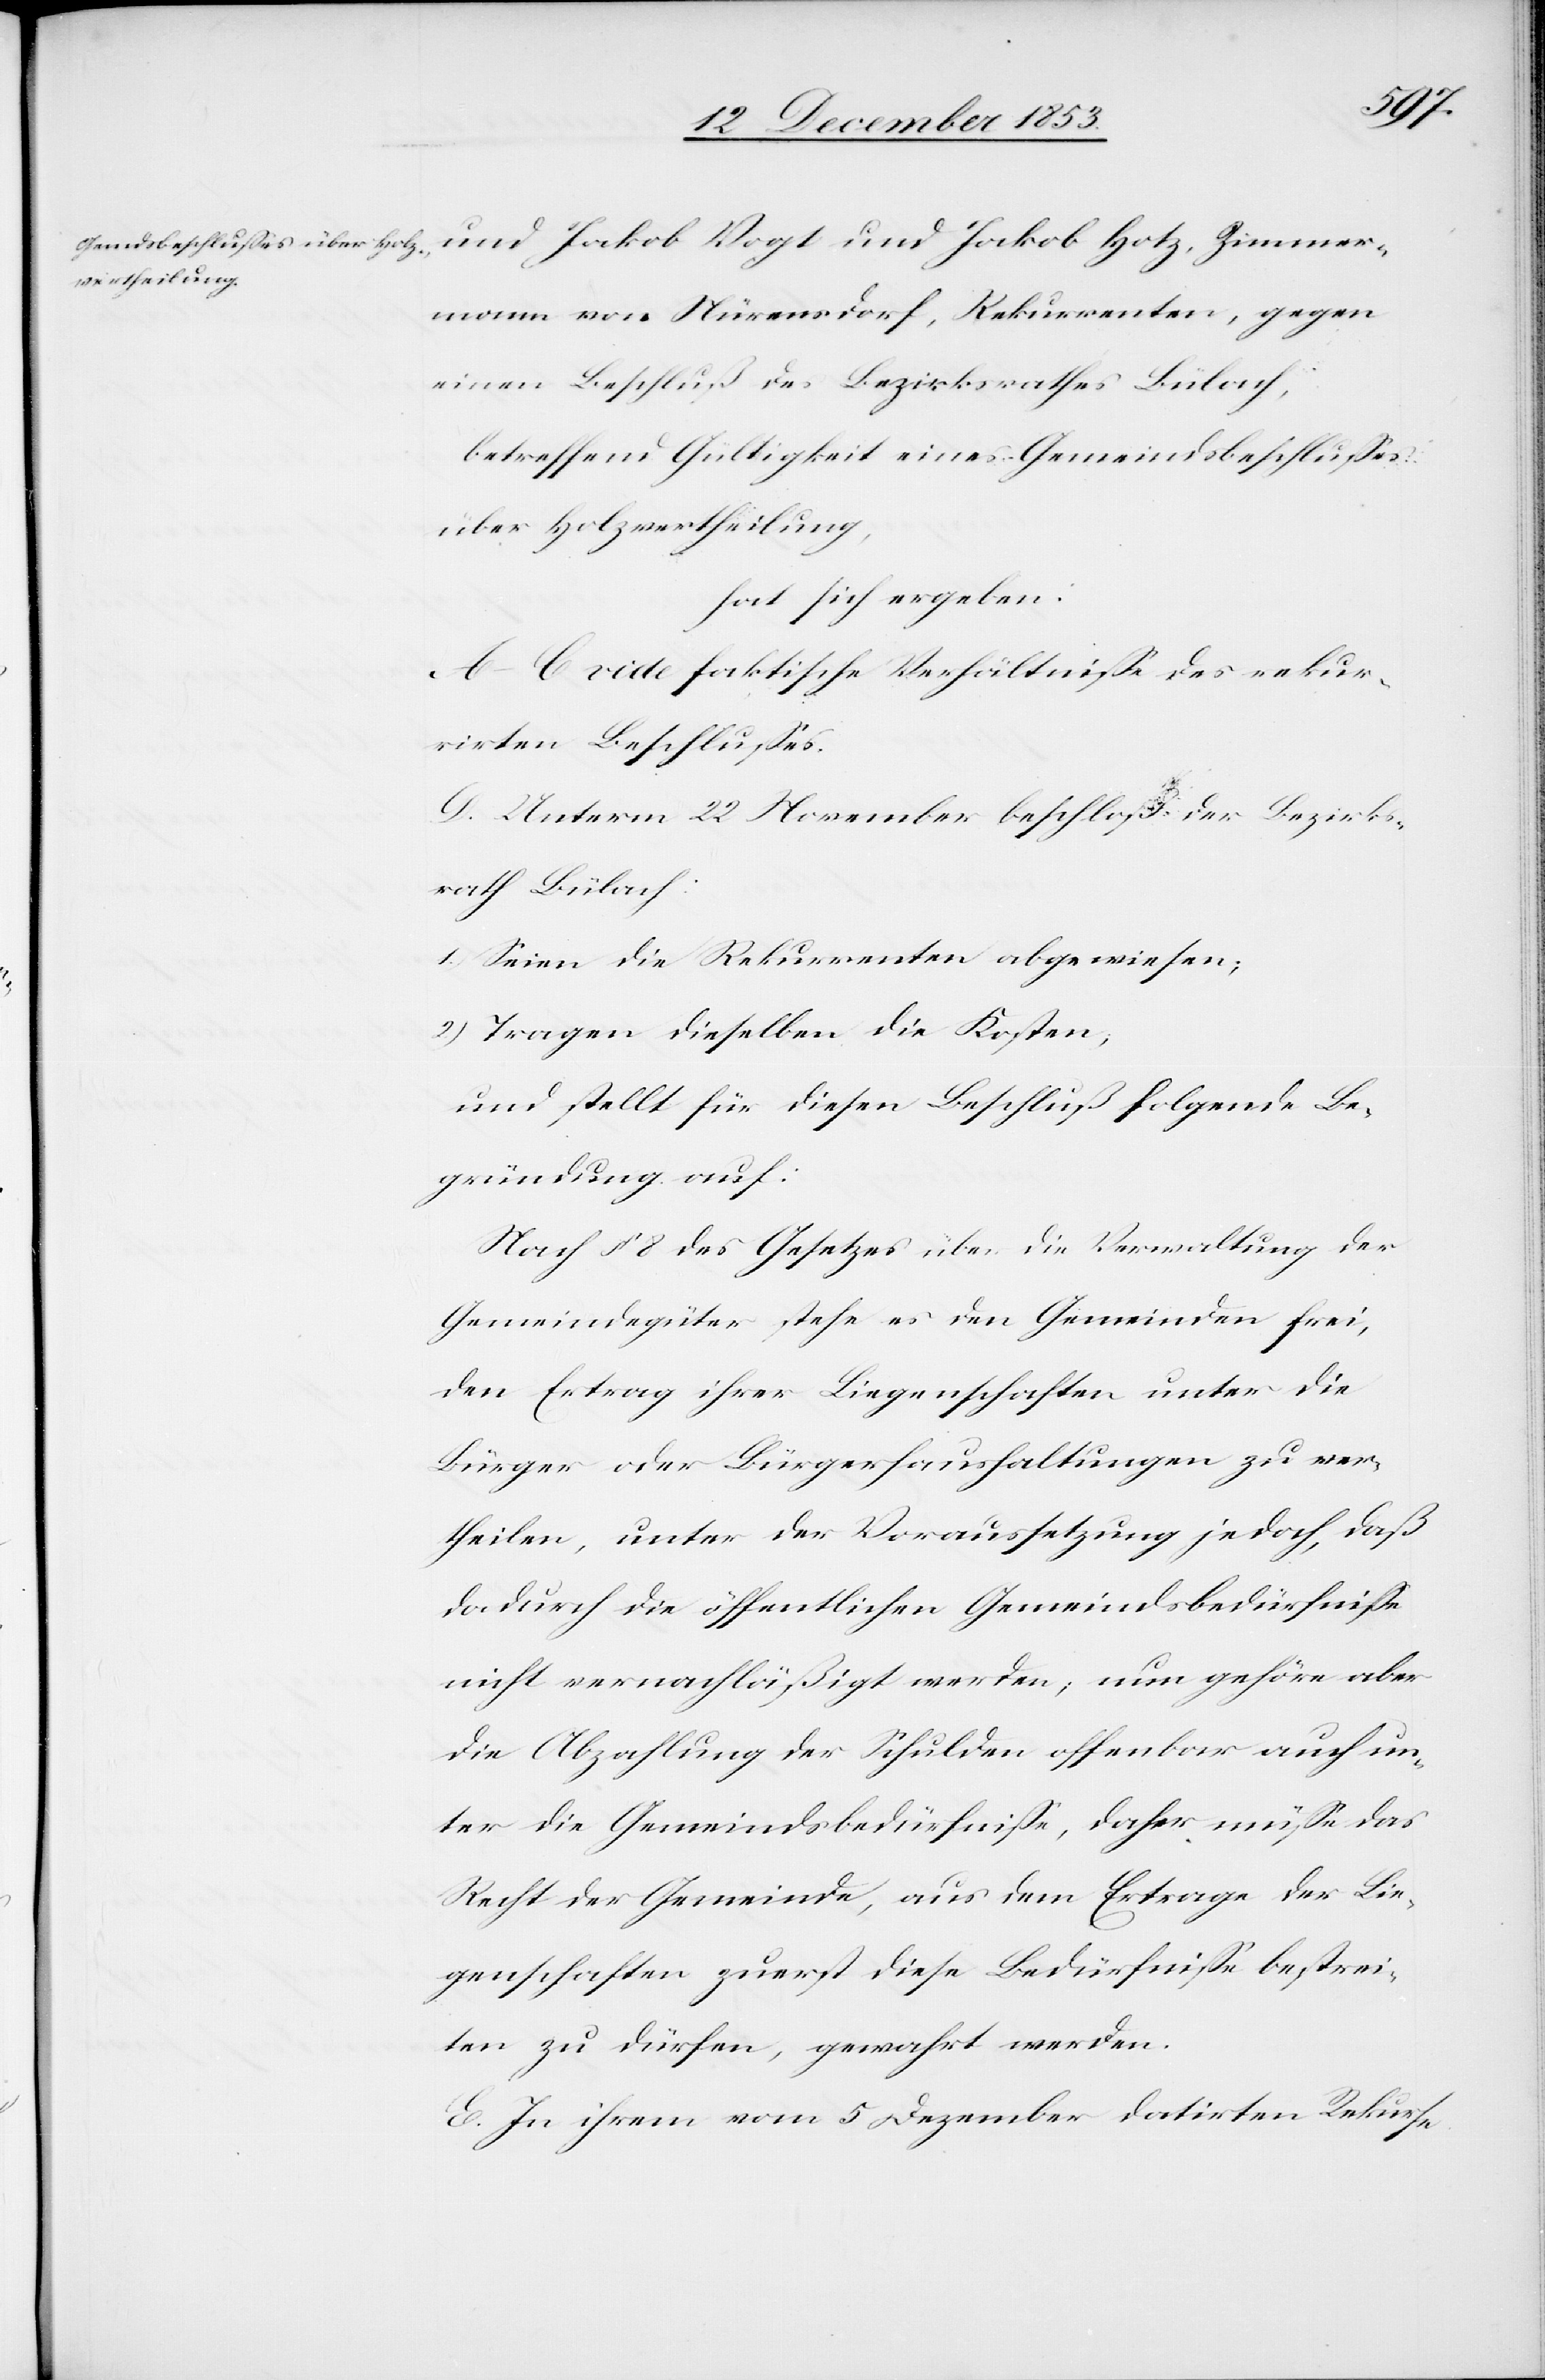
und Jakob Vogt und Jakob Hotz, Zimmer¬
mann von Nürensdorf, Rekurrenten, gegen
einen Beschluß des Bezirksrathes Bülach,
betreffend Gültigkeit eines Gemeindsbeschlußes
über Holzvertheilung,
hat sich ergeben:
A–C vide faktische Verhältniße des rekur¬
rirten Beschlußes.
D. Unterm 22 November beschloß der Bezirks¬
rath Bülach:
1.) Seien die Rekurrenten abgewiesen;
2) Tragen dieselben die Kosten,
und stellt für diesen Beschluß folgende Be¬
gründung auf:
Nach § 8 des Gesetzes über die Verwaltung der
Gemeindsgüter stehe es den Gemeinden frei,
den Ertrag ihrer Liegenschaften unter die
Bürger oder Bürgerhaushaltungen zu ver¬
theilen, unter der Voraussetzung jedoch, daß
dadurch die öffentlichen Gemeindsbedürfniße
nicht vernachläßigt werden; nun gehöre aber
die Abzahlung der Schulden offenbar auch un¬
ter die Gemeindsbedürfniße, daher müße das
Recht der Gemeinde, aus dem Ertrage der Lie¬
genschaften zuerst diese Bedürfniße bestrei¬
ten zu dürfen, gewahrt werden.
E. In ihrem vom 5 Dezember datirten Rekurse